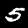
Label: 5